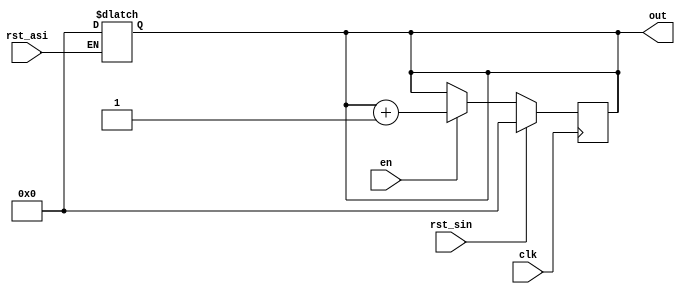
`timescale 1ns / 1ps
//////////////////////////////////////////////////////////////////////////////////
// Company: 
// Engineer: 
// 
// Design Name: 
// Module Name: ct_BaudRate
// Project Name: 
// Target Devices: 
// Tool Versions: 
// Description: 
// 
// Dependencies: 
// 
// Revision:
// Revision 0.01 - File Created
// Additional Comments:
// 
//////////////////////////////////////////////////////////////////////////////////


module ct_BaudRate(
     output reg [19:0] out,
     input rst_asi,rst_sin,clk,en  
    );
    
    always @*
    if(rst_asi) out=0;
         
    always @(posedge clk)
     if(rst_sin) out<=0;
     else if(en) out<=out+1;
          else out<=out;
           
    
     
    
    
endmodule